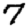
Digit: 7